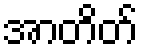
အာတိတ်